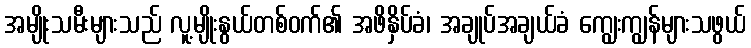
အမျိုးသမီးများသည် လူ့မျိုးနွယ်တစ်ဝက်၏ အဖိနှိပ်ခံ၊ အချုပ်အချယ်ခံ ကျွေးကျွန်များသဖွယ်